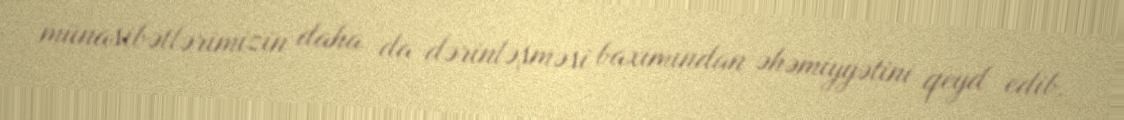
münasibətlərimizin daha da dərinləşməsi baxımından əhəmiyyətini qeyd edib.